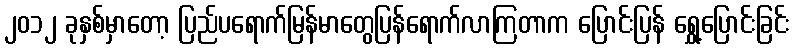
၂၀၁၂ ခုနှစ်မှာတော့ ပြည်ပရောက်မြန်မာတွေပြန်ရောက်လာကြတာက ပြောင်းပြန် ရွှေ့ပြောင်းခြင်း